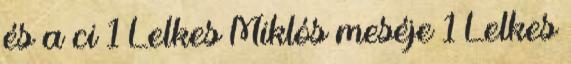
és a ci 1 Lelkes Miklós meséje 1 Lelkes